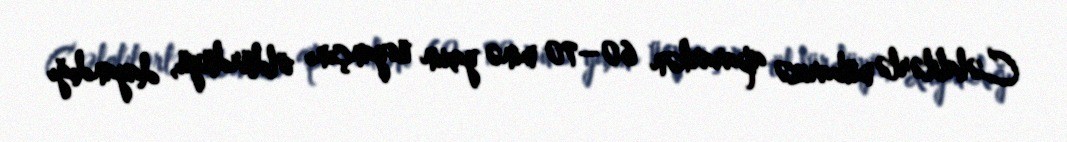
Cəlalilərlə mübarizə apararkən 60–70 minə yaxın üsyançını öldürdüyü, dayandığı